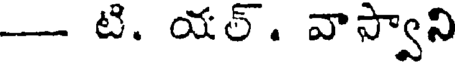
- టి. యల్. వాస్వాని